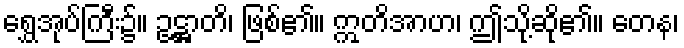
ရွှေအုပ်ကြီး၌။ ဥဋ္ဌာတိ၊ ဖြစ်၏။ ဣတိအာဟ၊ ဤသို့ဆို၏။ တေန၊